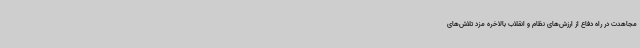
مجاهدت در راه دفاع از ارزش‌های نظام و انقلاب بالاخره مزد تلاش‌های